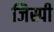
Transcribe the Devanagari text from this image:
जिस्पी